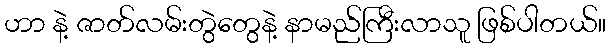
ဟာ နဲ့ ဇာတ်လမ်းတွဲတွေနဲ့ နာမည်ကြီးလာသူ ဖြစ်ပါတယ်။